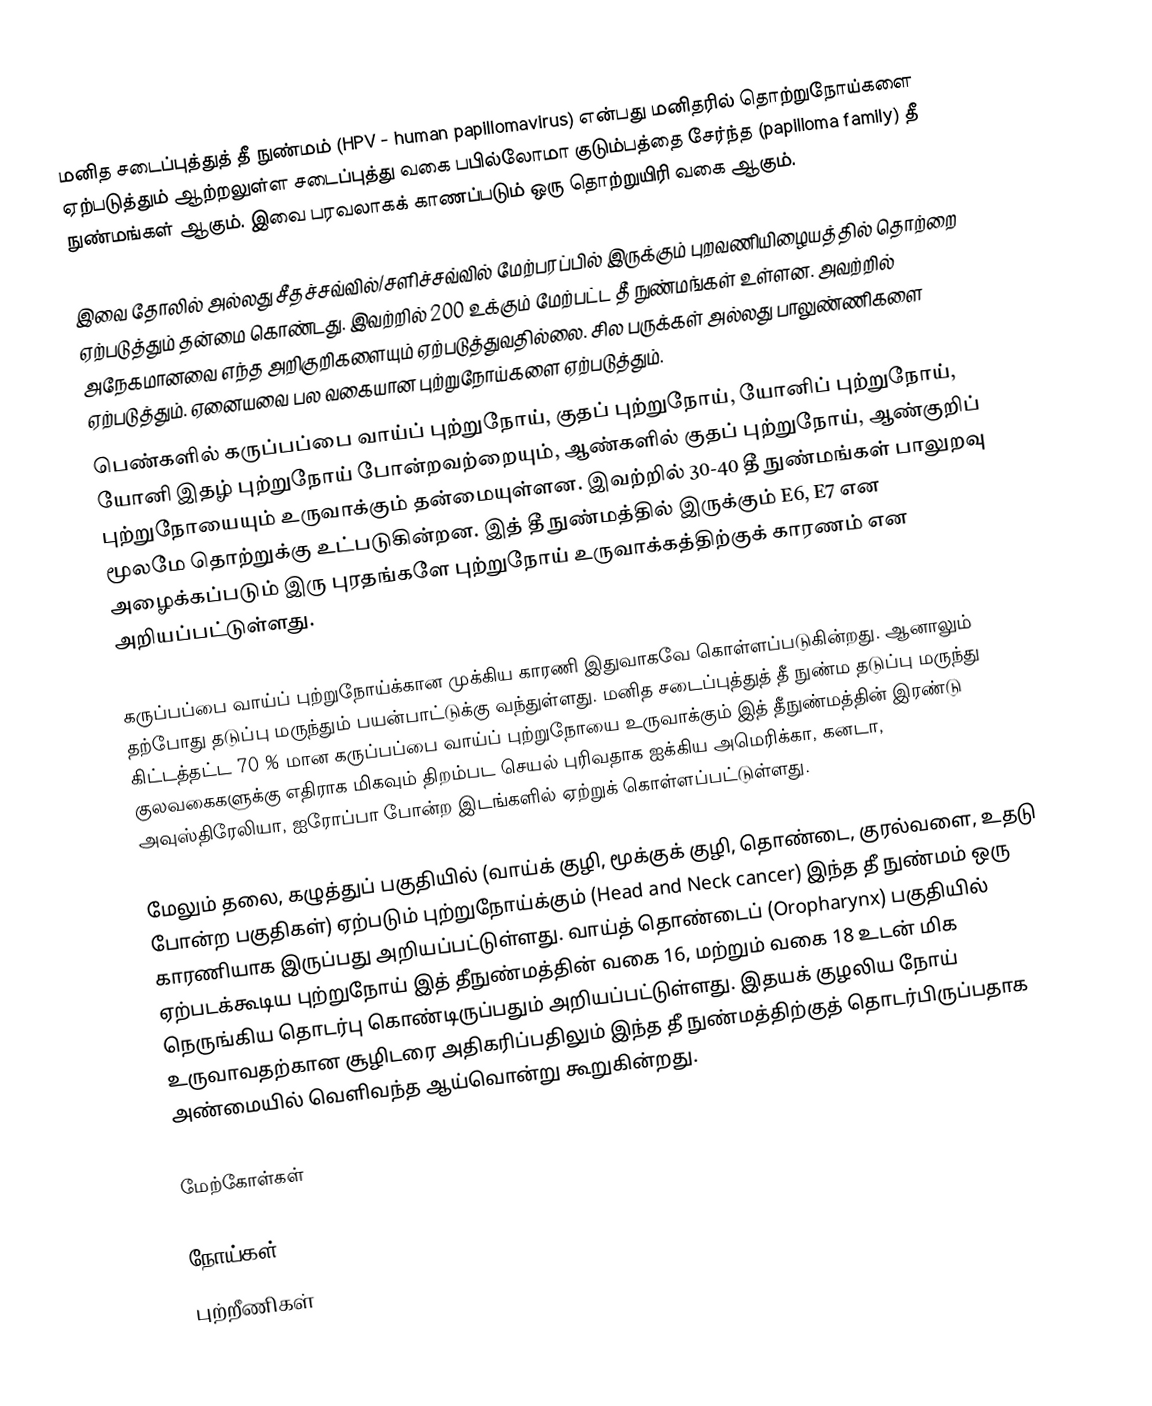
மனித சடைப்புத்துத் தீ நுண்மம் (HPV - human papillomavirus) என்பது மனிதரில் தொற்றுநோய்களை ஏற்படுத்தும் ஆற்றலுள்ள சடைப்புத்து வகை பபில்லோமா குடும்பத்தை சேர்ந்த (papilloma family) தீ நுண்மங்கள் ஆகும்.  இவை பரவலாகக் காணப்படும் ஒரு தொற்றுயிரி வகை ஆகும்.

இவை தோலில் அல்லது சீதச்சவ்வில்/சளிச்சவ்வில் மேற்பரப்பில் இருக்கும் புறவணியிழையத்தில் தொற்றை ஏற்படுத்தும் தன்மை கொண்டது. இவற்றில் 200 உக்கும் மேற்பட்ட தீ நுண்மங்கள் உள்ளன. அவற்றில் அநேகமானவை எந்த அறிகுறிகளையும் ஏற்படுத்துவதில்லை. சில பருக்கள் அல்லது பாலுண்ணிகளை ஏற்படுத்தும். ஏனையவை பல வகையான புற்றுநோய்களை ஏற்படுத்தும்.
பெண்களில் கருப்பப்பை வாய்ப் புற்றுநோய், குதப் புற்றுநோய், யோனிப் புற்றுநோய், யோனி இதழ் புற்றுநோய்  போன்றவற்றையும், ஆண்களில் குதப் புற்றுநோய், ஆண்குறிப் புற்றுநோயையும் உருவாக்கும் தன்மையுள்ளன. இவற்றில் 30-40 தீ நுண்மங்கள் பாலுறவு மூலமே தொற்றுக்கு உட்படுகின்றன. இத் தீ நுண்மத்தில் இருக்கும் E6, E7 என அழைக்கப்படும் இரு புரதங்களே புற்றுநோய் உருவாக்கத்திற்குக் காரணம் என அறியப்பட்டுள்ளது.

கருப்பப்பை வாய்ப் புற்றுநோய்க்கான முக்கிய காரணி இதுவாகவே கொள்ளப்படுகின்றது. ஆனாலும் தற்போது தடுப்பு மருந்தும் பயன்பாட்டுக்கு வந்துள்ளது. மனித சடைப்புத்துத் தீ நுண்ம தடுப்பு மருந்து கிட்டத்தட்ட 70 % மான கருப்பப்பை வாய்ப் புற்றுநோயை உருவாக்கும் இத் தீநுண்மத்தின் இரண்டு குலவகைகளுக்கு எதிராக மிகவும் திறம்பட செயல் புரிவதாக ஐக்கிய அமெரிக்கா, கனடா, அவுஸ்திரேலியா, ஐரோப்பா போன்ற இடங்களில் ஏற்றுக் கொள்ளப்பட்டுள்ளது.

மேலும் தலை, கழுத்துப் பகுதியில் (வாய்க் குழி, மூக்குக் குழி, தொண்டை, குரல்வளை, உதடு போன்ற பகுதிகள்) ஏற்படும் புற்றுநோய்க்கும் (Head and Neck cancer) இந்த தீ நுண்மம் ஒரு காரணியாக இருப்பது அறியப்பட்டுள்ளது. வாய்த் தொண்டைப் (Oropharynx) பகுதியில் ஏற்படக்கூடிய புற்றுநோய் இத் தீநுண்மத்தின் வகை 16, மற்றும் வகை 18 உடன் மிக நெருங்கிய தொடர்பு கொண்டிருப்பதும் அறியப்பட்டுள்ளது. இதயக் குழலிய நோய் உருவாவதற்கான சூழிடரை அதிகரிப்பதிலும் இந்த தீ நுண்மத்திற்குத் தொடர்பிருப்பதாக அண்மையில் வெளிவந்த ஆய்வொன்று கூறுகின்றது.

மேற்கோள்கள்

நோய்கள்
புற்றீணிகள்